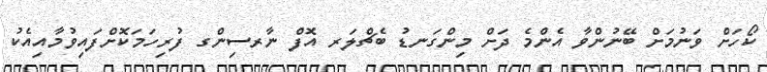
ކޯހަށް ވަނުމަށް ބޭނުންވާ އެންމެ ދަށް މިންގަނޑު ބެޗްލަރ އޮފް ނާރސިންގ ފުރިހަމަކޮށްފައިވުމާއިއެކު